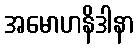
အမောဟနိဒါနာ